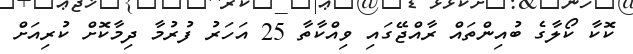
ކޮކާ ކޯލާގެ ބުއިންތައް ރާއްޖޭގައި ވިއްކާތާ 25 އަހަރު ފުރުމާ ދިމާކޮށް ކުރިއަށް